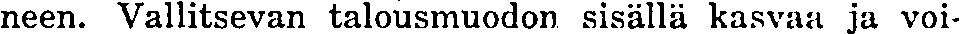
neen. Vallitsevan talousmuodon sisällä kasvaa ja voi-